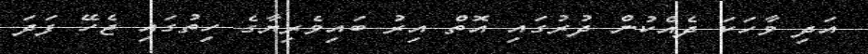
އަދި ވާހަކަ ދެއްކުން ދުރުގައި އޮތް އިރު ބައިވެރިޔާގެ ހިތުގައި ޖެހޭ ފަދަ